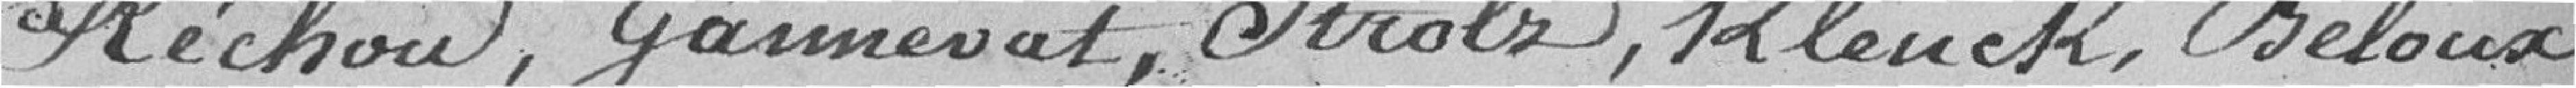
Réchou, Gammevat, Strolz, Klenck, Beloux,